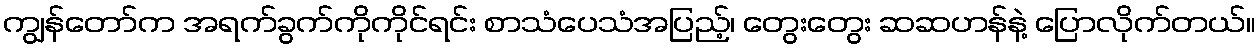
ကျွန်တော်က အရက်ခွက်ကိုကိုင်ရင်း စာသံပေသံအပြည့်၊ တွေးတွေး ဆဆဟန်နဲ့ ပြောလိုက်တယ်။